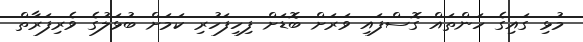
މުޅި ގައިގެ ހަންތައް ގޮސްފައި ވަރަށް ބޮޑަށް ފިހިފަހުރި ކަމަށް ބުޅަލުގެ ވެރިފަރާތް